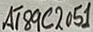
Text: AT89C2051